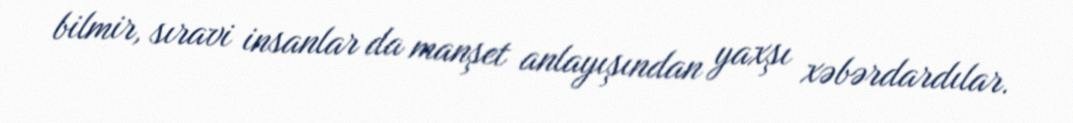
bilmir, sıravi insanlar da manşet anlayışından yaxşı xəbərdardılar.